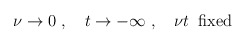
\begin{align*}\nu\rightarrow 0 \;,\quad t \rightarrow -\infty \;,\quad\nu t\;\;\mathrm{fixed}\end{align*}